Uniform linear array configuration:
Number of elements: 48
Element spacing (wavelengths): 0.25
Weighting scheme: hamming
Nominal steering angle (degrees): -30
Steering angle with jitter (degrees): -31.115
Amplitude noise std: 0.05
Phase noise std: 0.05

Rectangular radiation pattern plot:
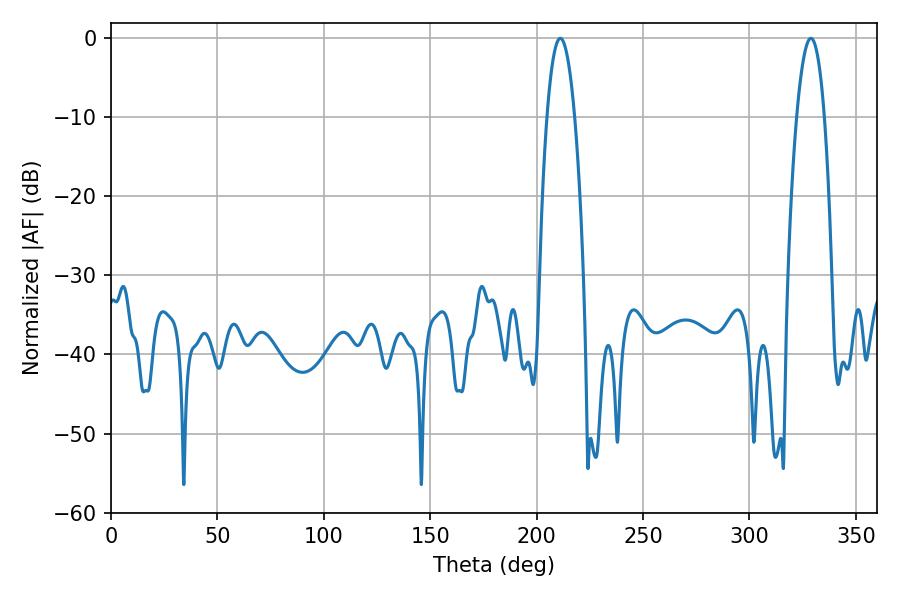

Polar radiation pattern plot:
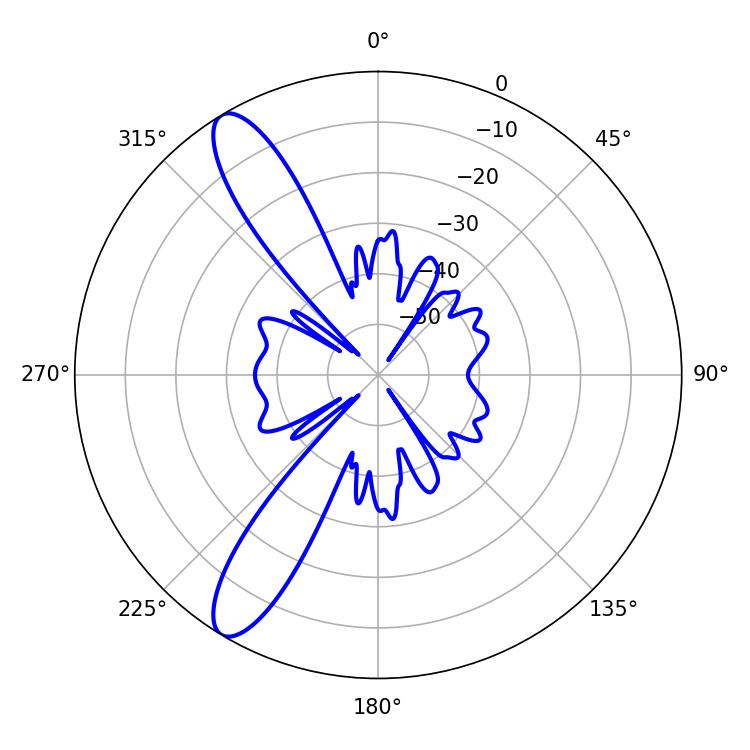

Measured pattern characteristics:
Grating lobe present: FALSE
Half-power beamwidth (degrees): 7.2
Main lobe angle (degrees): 211.14